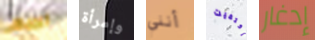
الجبهي وإمرأة أنني إكتفيت إدغار